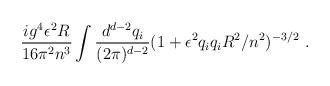
LaTeX: \begin{align*}\frac{i g^4 \epsilon^2 R}{16 \pi^2 n^3} \int\frac{d^{d-2}q_i}{(2\pi)^{d-2}} (1 + \epsilon^2 q_i q_i R^2 / n^2)^{-3/2}\ .\end{align*}